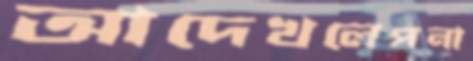
আদেখলেপনা